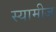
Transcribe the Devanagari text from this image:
स्यामीज़